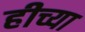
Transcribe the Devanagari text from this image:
हीच्या